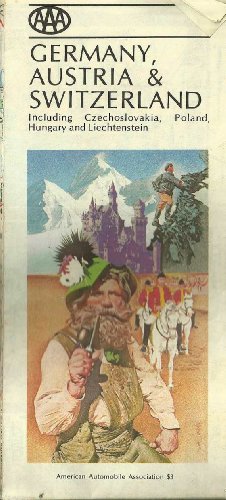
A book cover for GERMANY, AUSTRIA Â§ SWITZERLAND, INCLUDING CZECHOSLOVAKIA, POLAND, HUNGARY AND LIECHTENSTEIN, AAA, MAP EDITION 1983, SCALE :ONE INCH EQUALS 24 MILES; Travel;